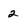
Character: 2